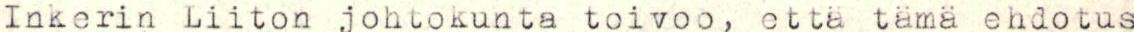
Inkerin Liiton johtokunta toivoo, että tämä ehdotus